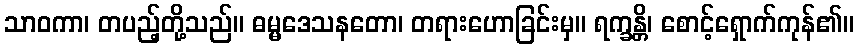
သာဝကာ၊ တပည့်တို့သည်။ ဓမ္မဒေသနတော၊ တရားဟောခြင်းမှ။ ရက္ခန္တိ၊ စောင့်ရှောက်ကုန်၏။